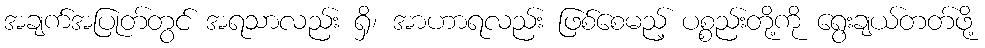
အချက်အပြုတ်တွင် အရသာလည်း ရှိ၊ အာဟာရလည်း ဖြစ်စေမည့် ပစ္စည်းတို့ကို ရွေးချယ်တတ်ဖို့